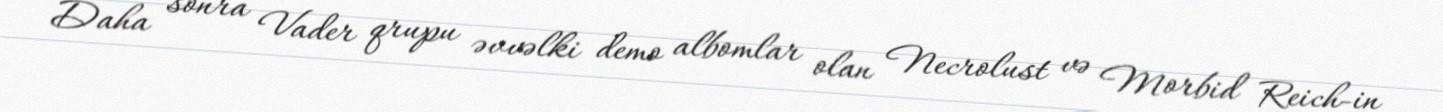
Daha sonra Vader qrupu əvvəlki demo albomlar olan Necrolust və Morbid Reich-in